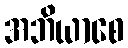
အဘိယာစေ